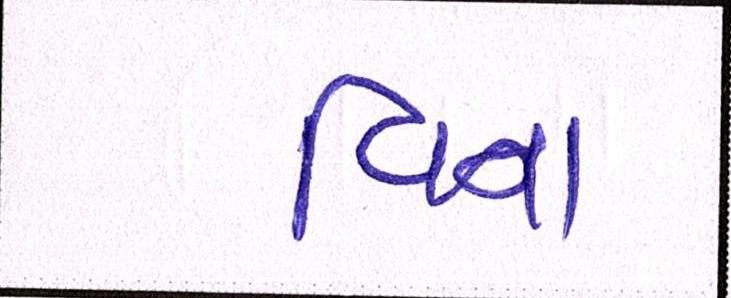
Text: વિના